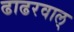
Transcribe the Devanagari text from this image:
ढाढरवाल्